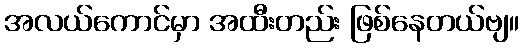
အလယ်ကောင်မှာ အထီးတည်း ဖြစ်နေတယ်ဗျ။